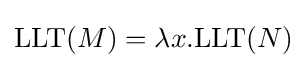
\mathrm {LLT} (M)=\lambda x.\mathrm {LLT} (N)